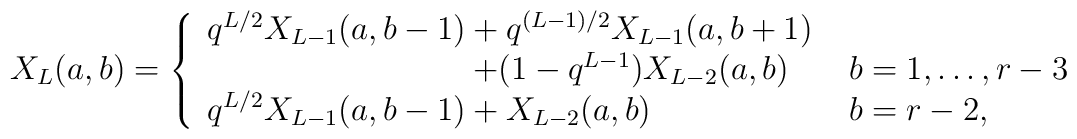
X_L(a,b) =\left\{\begin{array}{ll}q^{L/2} X_{L-1}(a,b-1) + q^{(L-1)/2} X_{L-1}(a,b+1) & \\\qquad \qquad \qquad \qquad \, + (1-q^{L-1}) X_{L-2}(a,b) \quad &b=1,\ldots,r-3 \\q^{L/2} X_{L-1}(a,b-1) + X_{L-2}(a,b)  &  b=r-2,\end{array} \right.